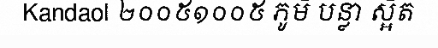
Kandaol ២០០៥១០០៥ ភូមិ បន្លា ស្អិត